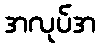
အလုပ်အ